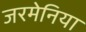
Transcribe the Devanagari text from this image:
जरमेनिया